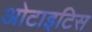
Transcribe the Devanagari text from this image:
ओटाइटिस